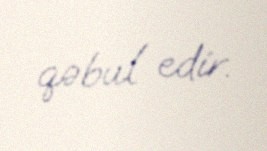
qəbul edir.